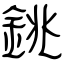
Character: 銚